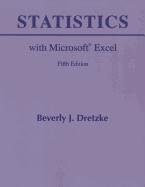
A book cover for Statistics with Microsoft Excel (5th Edition); Beverly Dretzke; Computers & Technology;